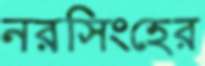
নরসিংহের